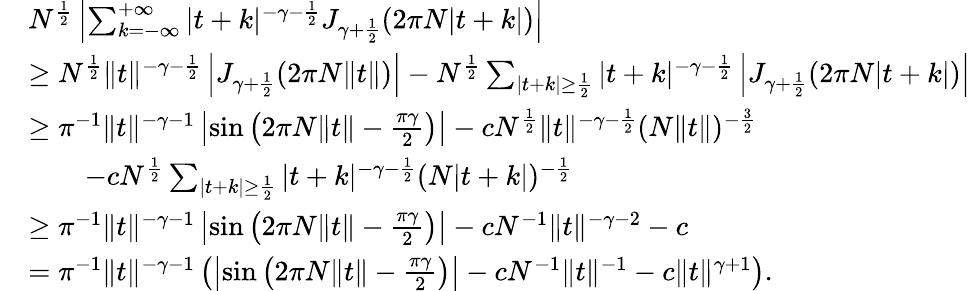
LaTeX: \begin{array}{rl}&{N^{\frac{1}{2}}\left|\sum_{k=-\infty}^{+\infty}\vert t+k\vert^{-\gamma-\frac{1}{2}}J_{\gamma+\frac{1}{2}}(2\pi N\vert t+k\vert)\right|}\\ &{\geq N^{\frac{1}{2}}\| t\| ^{-\gamma-\frac{1}{2}}\left|J_{\gamma+\frac{1}{2}}(2\pi N\| t\| )\right|-N^{\frac{1}{2}}\sum_{|t+k|\geq\frac{1}{2}}|t+k|^{-\gamma-\frac{1}{2}}\left|J_{\gamma+\frac{1}{2}}(2\pi N|t+k|)\right|}\\ &{\geq\pi^{-1}\| t\| ^{-\gamma-1}\left|\sin\left(2\pi N\| t\| -\frac{\pi\gamma}{2}\right)\right|-cN^{\frac{1}{2}}\| t\| ^{-\gamma-\frac{1}{2}}(N\| t\| )^{-\frac{3}{2}}}\\ &{\qquad-cN^{\frac{1}{2}}\sum_{|t+k|\geq\frac{1}{2}}|t+k|^{-\gamma-\frac{1}{2}}(N|t+k|)^{-\frac{1}{2}}}\\ &{\geq\pi^{-1}\| t\| ^{-\gamma-1}\left|\sin\left(2\pi N\| t\| -\frac{\pi\gamma}{2}\right)\right|-cN^{-1}\| t\| ^{-\gamma-2}-c}\\ &{=\pi^{-1}\| t\| ^{-\gamma-1}\left(\left|\sin\left(2\pi N\| t\| -\frac{\pi\gamma}{2}\right)\right|-cN^{-1}\| t\| ^{-1}-c\| t\| ^{\gamma+1}\right).}\end{array}